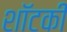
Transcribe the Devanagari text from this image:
शॉटकी